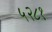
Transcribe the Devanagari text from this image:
५२८१